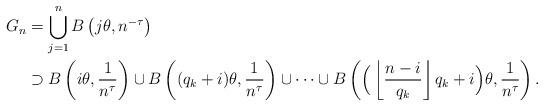
LaTeX: \begin{align*}G_n &= \bigcup_{j=1}^n B \left( j\theta , n^{-\tau}\right)\\&\supset B \left( i\theta , \frac{1}{n^{\tau}} \right) \cup B\left ( (q_k + i) \theta , \frac{1}{n^{\tau}} \right) \cup \dots \cup B\left ( \Big ( \left\lfloor \frac{n-i}{q_k} \right \rfloor q_k + i \Big)\theta , \frac{1}{n^{\tau}}\right).\end{align*}